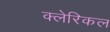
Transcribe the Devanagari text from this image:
क्लेरिकल